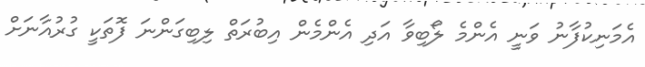
އެމަނިކުފާނު ވަނީ އެންމެ ލޯބިވާ އަދި އެންމެން އިބުރަތް ލިބިގަންނަ ފޮތަކީ ގުރުއާނަށް